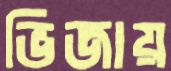
ভিজায়